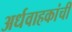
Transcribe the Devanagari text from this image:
अर्धवाहकांची